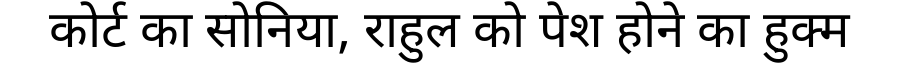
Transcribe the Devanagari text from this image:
कोर्ट का सोनिया, राहुल को पेश होने का हुक्म